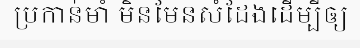
ប្រកាន់មាំ មិនមែនសំដែងដើម្បីឲ្យ